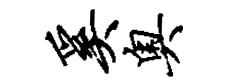
奚奥